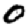
Digit: 0